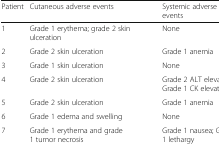
| Patient | Cutaneous adverse events | Systemic adverse events |
 | --- | --- | --- |
 | 1 | Grade 1 erythema; grade 2 skin ulceration | None |
 | 2 | Grade 2 skin ulceration | Grade 1 anemia |
 | 3 | Grade 1 skin ulceration | None |
 | 4 | Grade 2 skin ulceration | Grade 2 ALT elevation; Grade 1 CK elevation |
 | 5 | Grade 2 skin ulceration | Grade 1 anemia |
 | 6 | Grade 1 edema and swelling | None |
 | 7 | Grade 1 erythema and grade 1 tumor necrosis | Grade 1 nausea; Grade 1 lethargy |